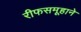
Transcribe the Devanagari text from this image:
रीफसमूहाने